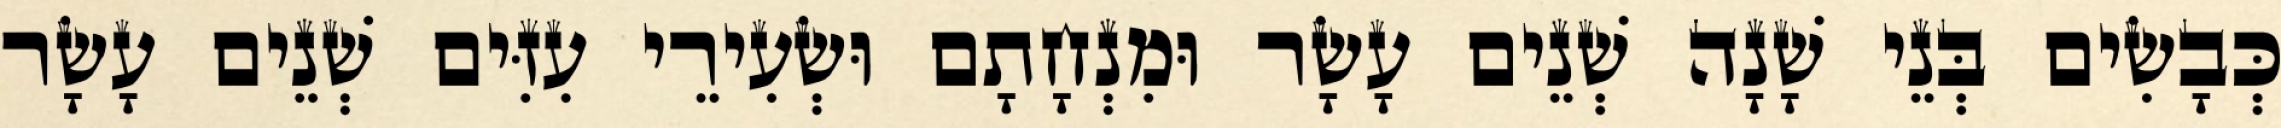
כְּבָשִׂים בְּנֵי שָׁנָה שְׁנֵים עָשָׂר וּמִנְחָתָם וּשְׂעִירֵי עִזִּים שְׁנֵים עָשָׂר